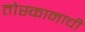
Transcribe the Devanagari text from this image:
तोस्कानाची